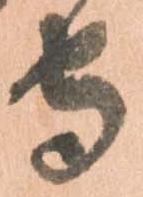
守